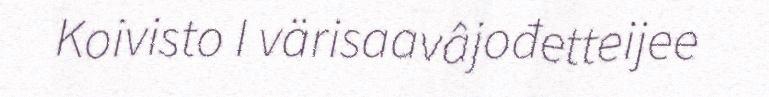
Koivisto I värisaavâjođetteijee